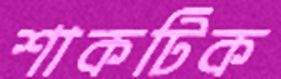
শাকটিক